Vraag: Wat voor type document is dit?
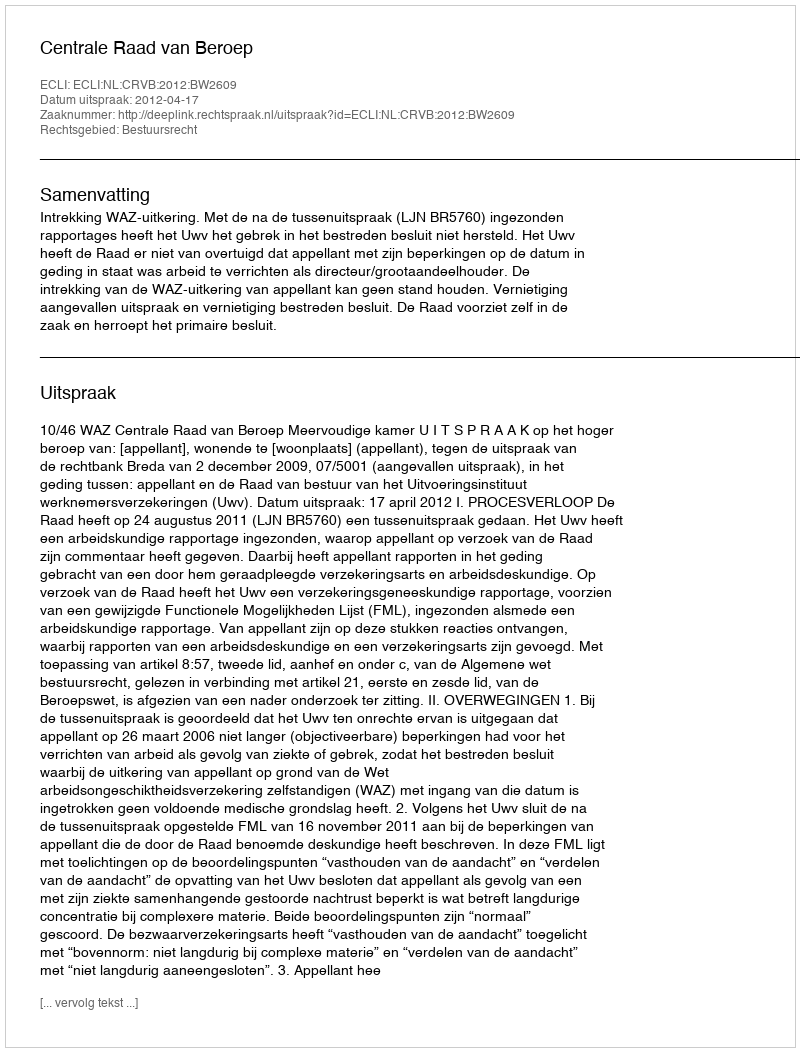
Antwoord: Uitspraak